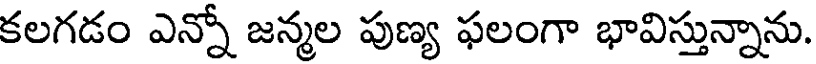
కలగడం ఎన్నో జన్మల పుణ్య ఫలంగా భావిస్తున్నాను.